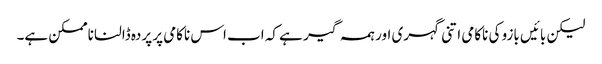
لیکن بائیں بازو کی ناکامی اتنی گہری اور ہمہ گیر ہے کہ اب اس ناکامی پر پردہ ڈالنا ناممکن ہے۔